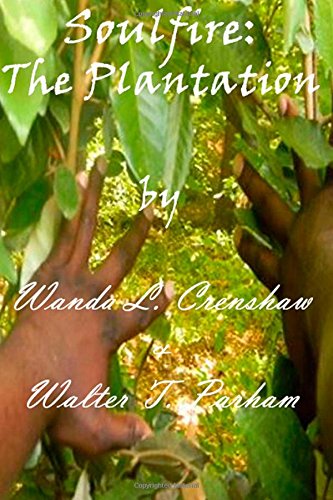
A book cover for Soulfire: The Plantation; Walter Trace Parham; Literature & Fiction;